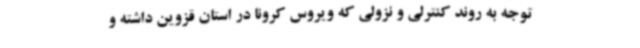
توجه به روند کنترلی و نزولی که ویروس کرونا در استان قزوین داشته و